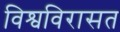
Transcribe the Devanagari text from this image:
विश्वविरासत